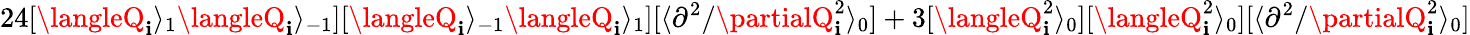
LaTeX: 24[\langleQ_{\mathbf{i}}\rangle_{1}\langleQ_{\mathbf{i}}\rangle_{-1}][\langleQ_{\mathbf{i}}\rangle_{-1}\langleQ_{\mathbf{i}}\rangle_{1}][\langle{\partial^{2}}/{\partialQ_{\mathbf{i}}^{2}}\rangle_{0}]+3[\langleQ_{\mathbf{i}}^{2}\rangle_{0}][\langleQ_{\mathbf{i}}^{2}\rangle_{0}][\langle{\partial^{2}}/{\partialQ_{\mathbf{i}}^{2}}\rangle_{0}]